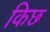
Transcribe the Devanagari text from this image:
किछ